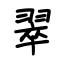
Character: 翠